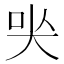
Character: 𡘈